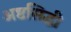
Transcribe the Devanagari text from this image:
अष्टसिद्धी